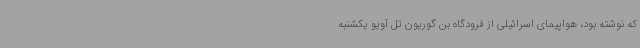
که نوشته بود، هواپیمای اسرائیلی از فرودگاه بن گوریون تل آویو یکشنبه